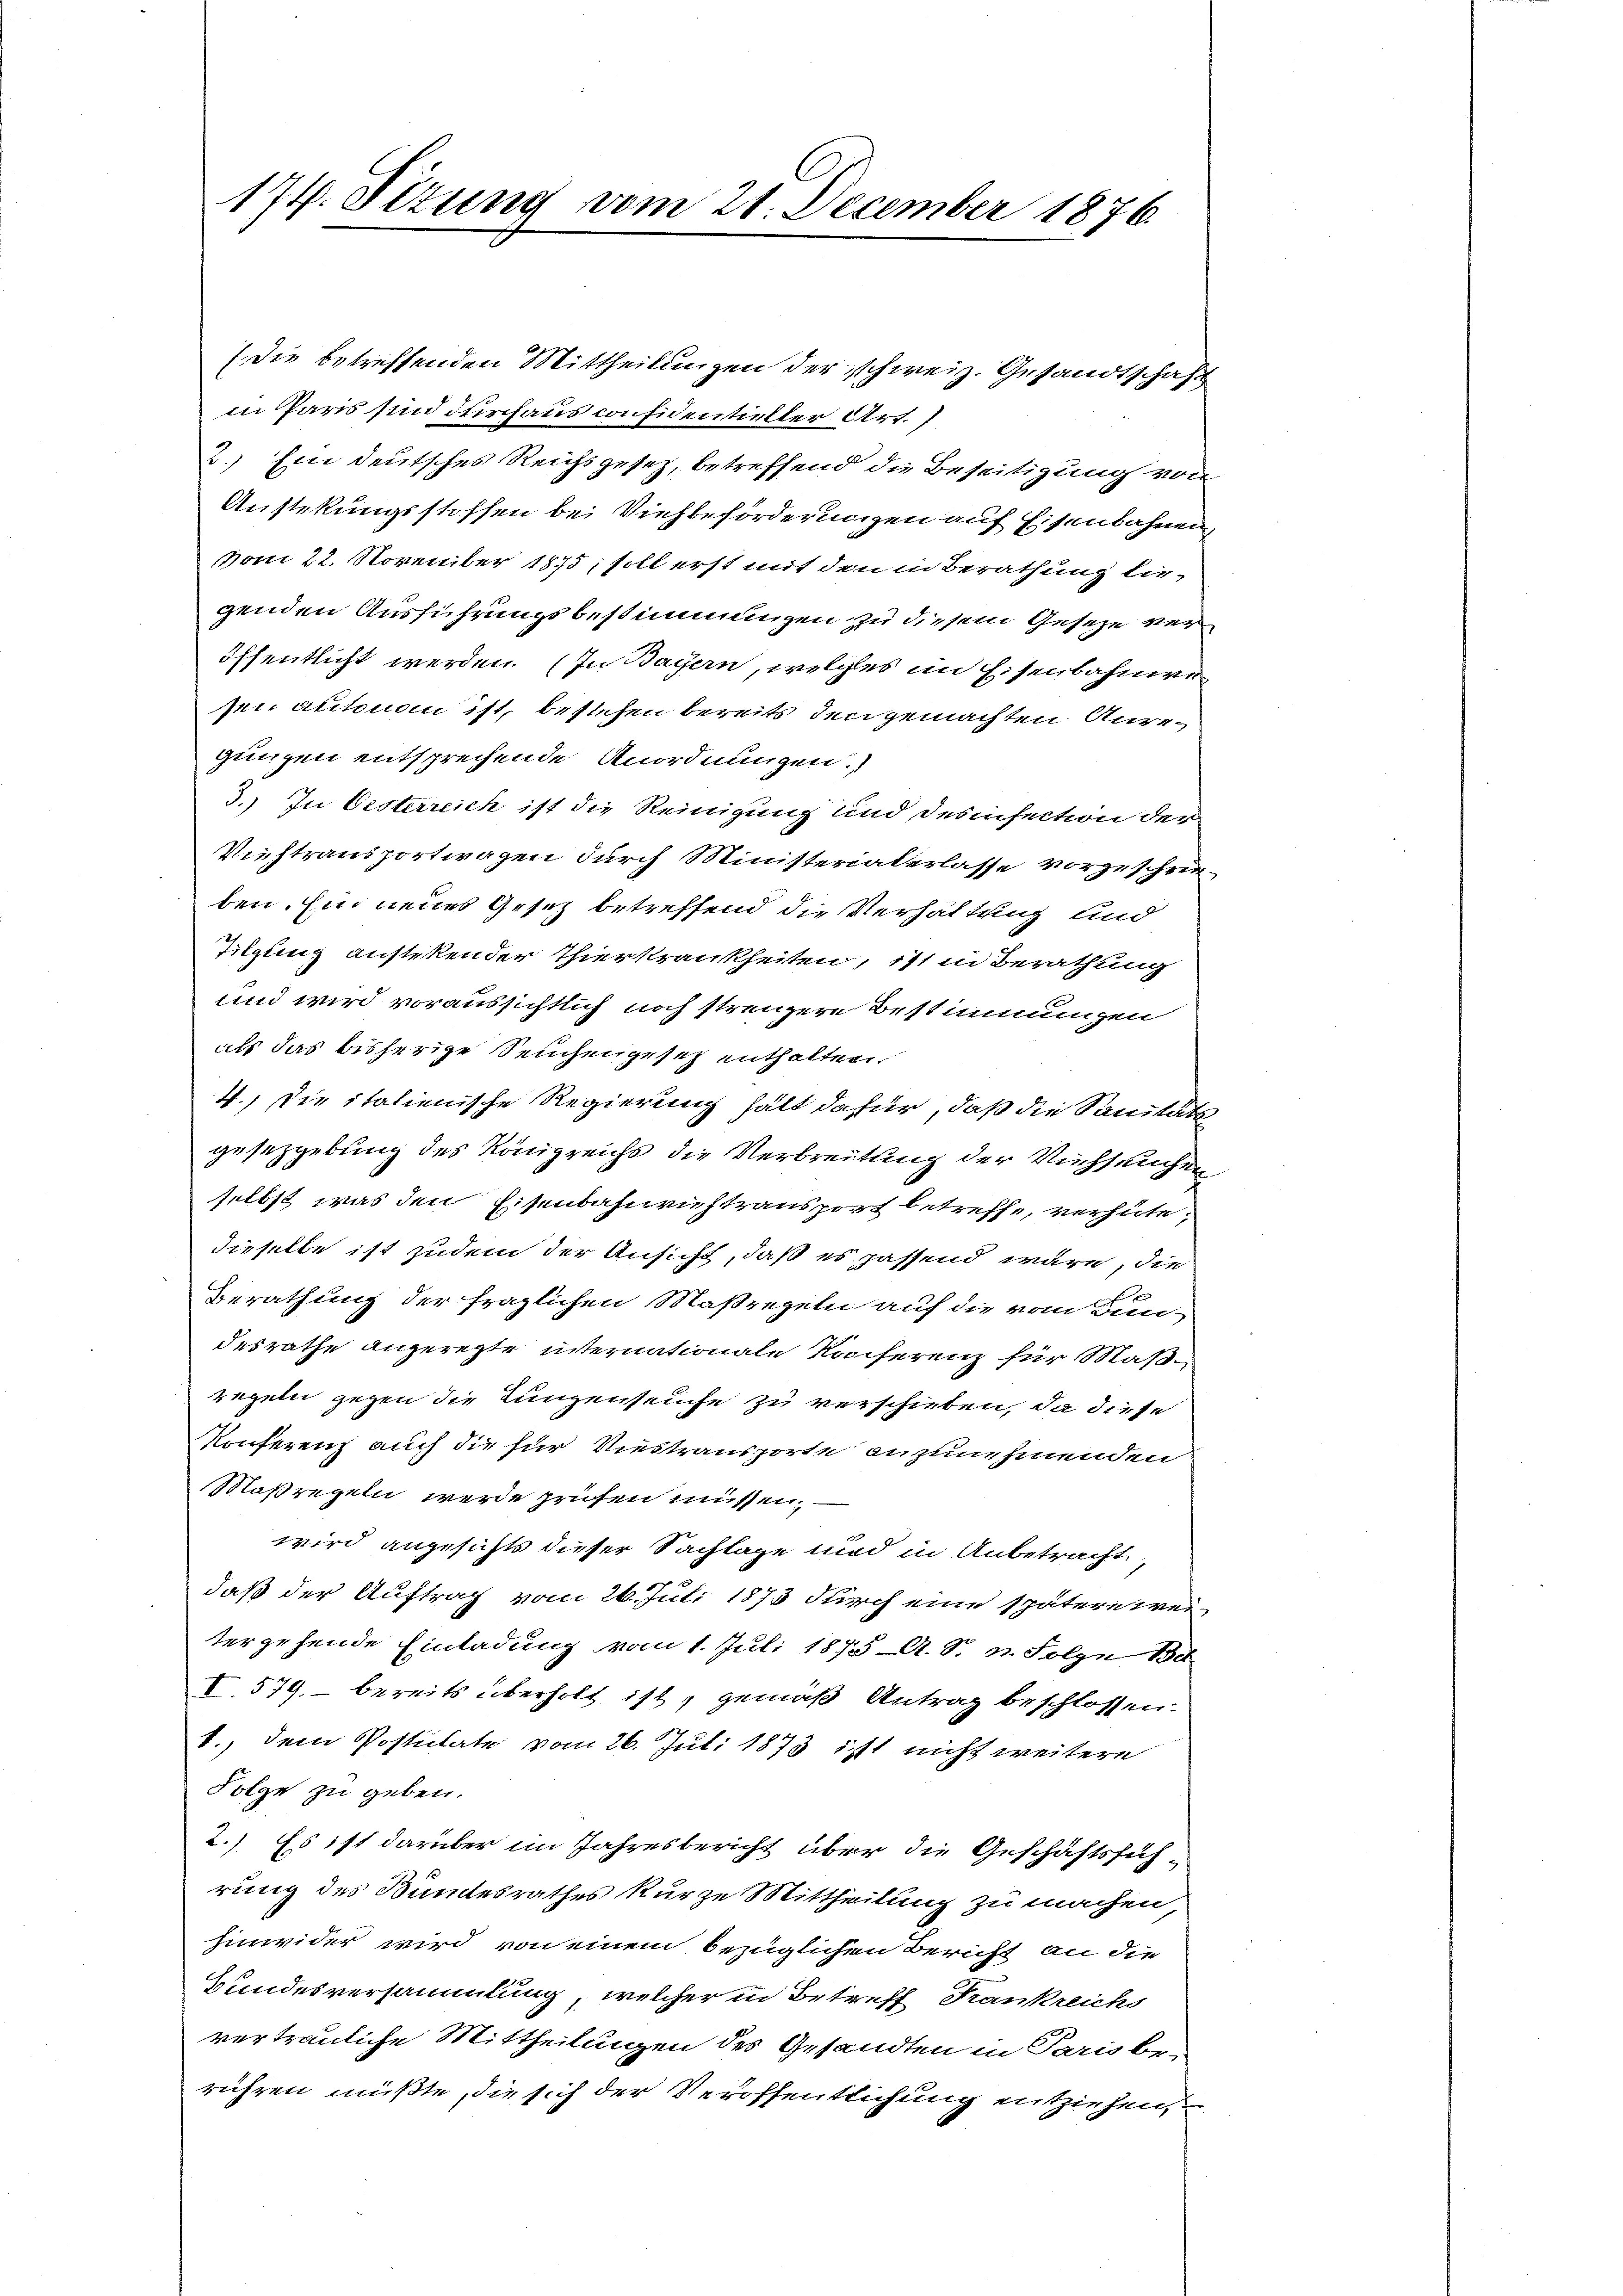
174. Sizung vom 21. December 1876.

(die betreffenden Mittheilungen der schweiz. Gesandtschaft
in Paris sind durchaus considentieller Art.
2.) Ein deutsches Reichsgesetz, betreffend die Beseitigung von
Anstekungsstoffen bei Viehbeförderungen auf Eisenbahnen,
vom 22. November 1875, soll erst mit den in Berathung birgenden Ausführungsbestimmungen zu diesem Geseze veröffentlicht werden. In Bayern, welches im Eisenbahne
pen autonomi ist, bestehen bereits den gemachten Anregungen entsprechende Anordnungen.
3.) In Eisterreich ist die Reinigung und Desinsection der
Viehtransportwagen durch Ministerialerlasse vorgeschrieben. Ein neues Gesetz betreffend die Verhältung und
Tilgung anstekender Thierkrankheiten, 111 in Berathung
und wird voraussichtlich noch strengere Bestimmungen
als das bisherige Seuchengesetz enthalten.
4.) Die italienische Regierung hält dafür, daß die Sanitäts
gesetzgebung des Königreichs die Verbreitung der Viehseuchen
selbst, was den Eisenbahnrichtransport betreffe, verhüte,
dieselbe ist zudem der Ansicht, daß es passend wäre, die
Berathung der fraglichen Maßregeln auf die vom Bun-
desrathe angeregte internationale Konferenz für Maßregeln gegen die Lungenseuche zu verschieben, da diese
Konferenz auch die für Viestransporte anzunehmenden
Klaßregeln werde prüfen müssen.
wird angesichts dieser Sachlage und in Anbetracht,
daß der Auftrag vom 26. Juli 1873 durch eine spätere weitergehende Einladung vom 1. Juli 1873 A. S. n. Folge 130
I.579, bereits überholt ist, gemäß Antrag beschlossen.
1., dem Postulate vom 26. Juli 1873 ist nicht weitere
Folge zu geben.
2.) Es ist darüber im Jahresbericht über die Geschäftsfüh-
rung des Bundesrathes kurze Mittheilung zu machen,
hinwider wird von einem bezüglichen Bericht an die
Bundesversammlung, welcher in Betreff Krankreichs
vertrauliche Mittheilungen des Gesandten in Parisbe-
rühren müßte, die sich der Veröffentlichung entziehen,